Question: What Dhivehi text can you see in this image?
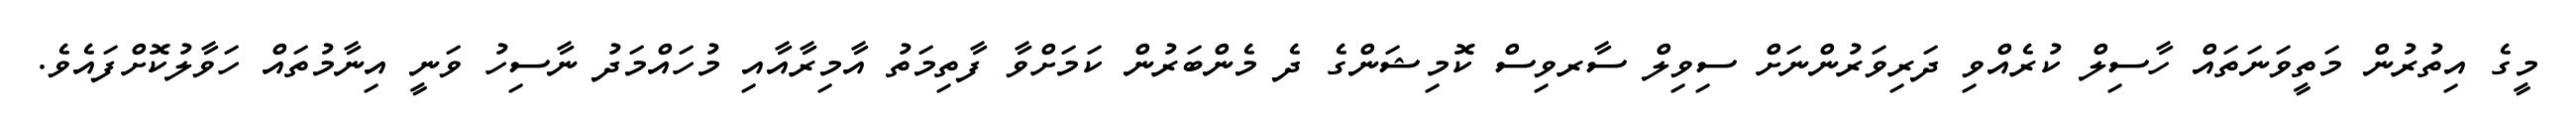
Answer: މީގެ އިތުރުން މަތީވަނަތައް ހާސިލް ކުރެއްވި ދަރިވަރުންނަށް ސިވިލް ސާރވިސް ކޮމިޝަންގެ ދެ މެންބަރުން ކަމަށްވާ ފާތިމަތު އާމިރާއާއި މުހައްމަދު ނާސިހު ވަނީ އިނާމުތައް ހަވާލުކޮށްފައެވެ.